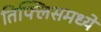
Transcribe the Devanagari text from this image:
तिफ्लिसमध्ये